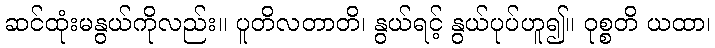
ဆင်ထုံးမနွယ်ကိုလည်း။ ပူတိလတာတိ၊ နွယ်ရင့် နွယ်ပုပ်ဟူ၍။ ဝုစ္စတိ ယထာ၊